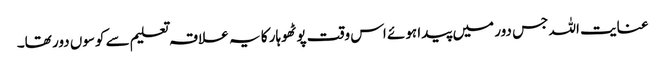
عنایت اللہ جس دور میں پیدا ہوئے اس وقت پوٹھوہار کا یہ علاقہ تعلیم سے کوسوں دور تھا۔